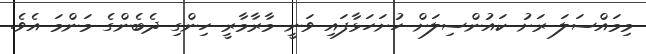
މިމައްސަލަ ރަށު ކައުންސިލަށް ހުށަހަޅާފައި ވަނީ މާރާމާރީ ހިންގި ދެބެންގެ މަންމަ އެވެ.